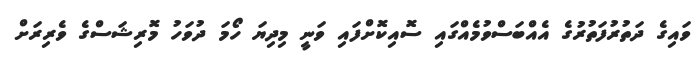
ވައިގެ ދަތުރުފަތުރުގެ އެއްބަސްވުމެއްގައި ސޮއިކޮށްފައި ވަނީ މިދިޔަ ހޯމަ ދުވަހު މޮރިޝަސްގެ ވެރިރަށް